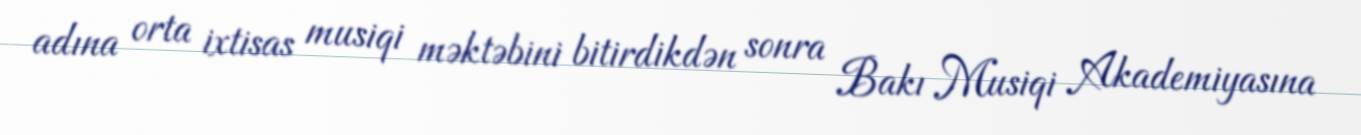
adına orta ixtisas musiqi məktəbini bitirdikdən sonra Bakı Musiqi Akademiyasına